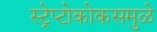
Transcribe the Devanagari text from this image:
स्ट्रेप्टोकोकसमुळे